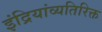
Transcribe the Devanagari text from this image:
इंद्रियांव्यतिरिक्त